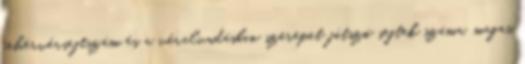
fehérvérsejtszám és a véralvadásban szerepet játszó sejtek száma, magas